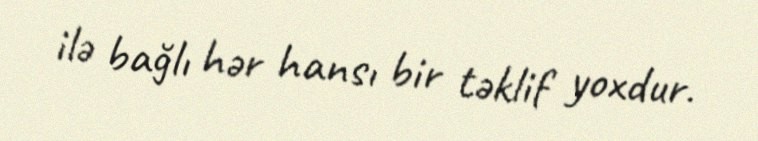
ilə bağlı hər hansı bir təklif yoxdur.